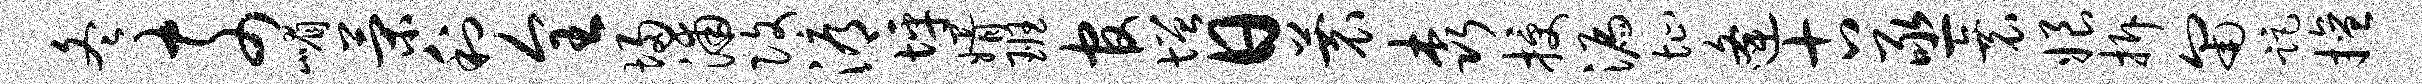
冬奈嵋策利全埽浦改溽坪婿班官增日蓑森授漏址逄古亟衰娘拆匍距擅